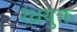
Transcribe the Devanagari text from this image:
रंध्रयुक्त